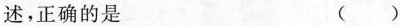
述，正确的是 ( )